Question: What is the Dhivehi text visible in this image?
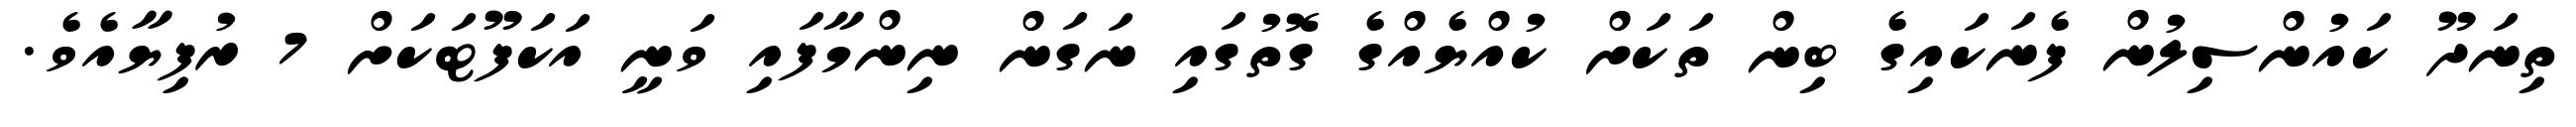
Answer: ތިނަދޫ ކައުންސިލުން ފެނަކައިގެ ބިން ތަކަށް ކުއްޔެއްގެ ގޮތުގައި ނަގަން ނިންމާފައި ވަނީ އަކަފޫޓަކަށް 7 ރުފިޔާއެވެ.